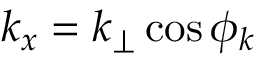
k _ { x } = k _ { \perp } \cos \phi _ { k }